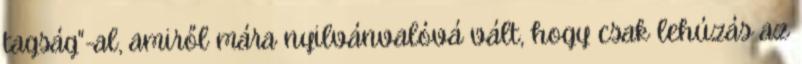
tagság"-al, amiről mára nyilvánvalóvá vált, hogy csak lehúzás az